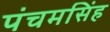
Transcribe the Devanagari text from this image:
पंचमसिंह